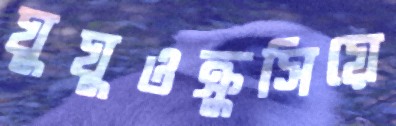
ঘুঘুওক্রুসিয়ে